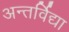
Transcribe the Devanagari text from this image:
अन्तर्विद्या